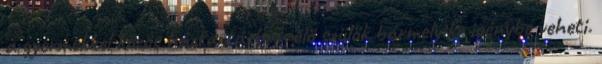
a gyermekkel közös háztartásban élő szülők bármelyike igénybe veheti.